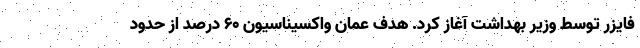
فایزر توسط وزیر بهداشت آغاز کرد. هدف عمان واکسیناسیون ۶۰ درصد از حدود